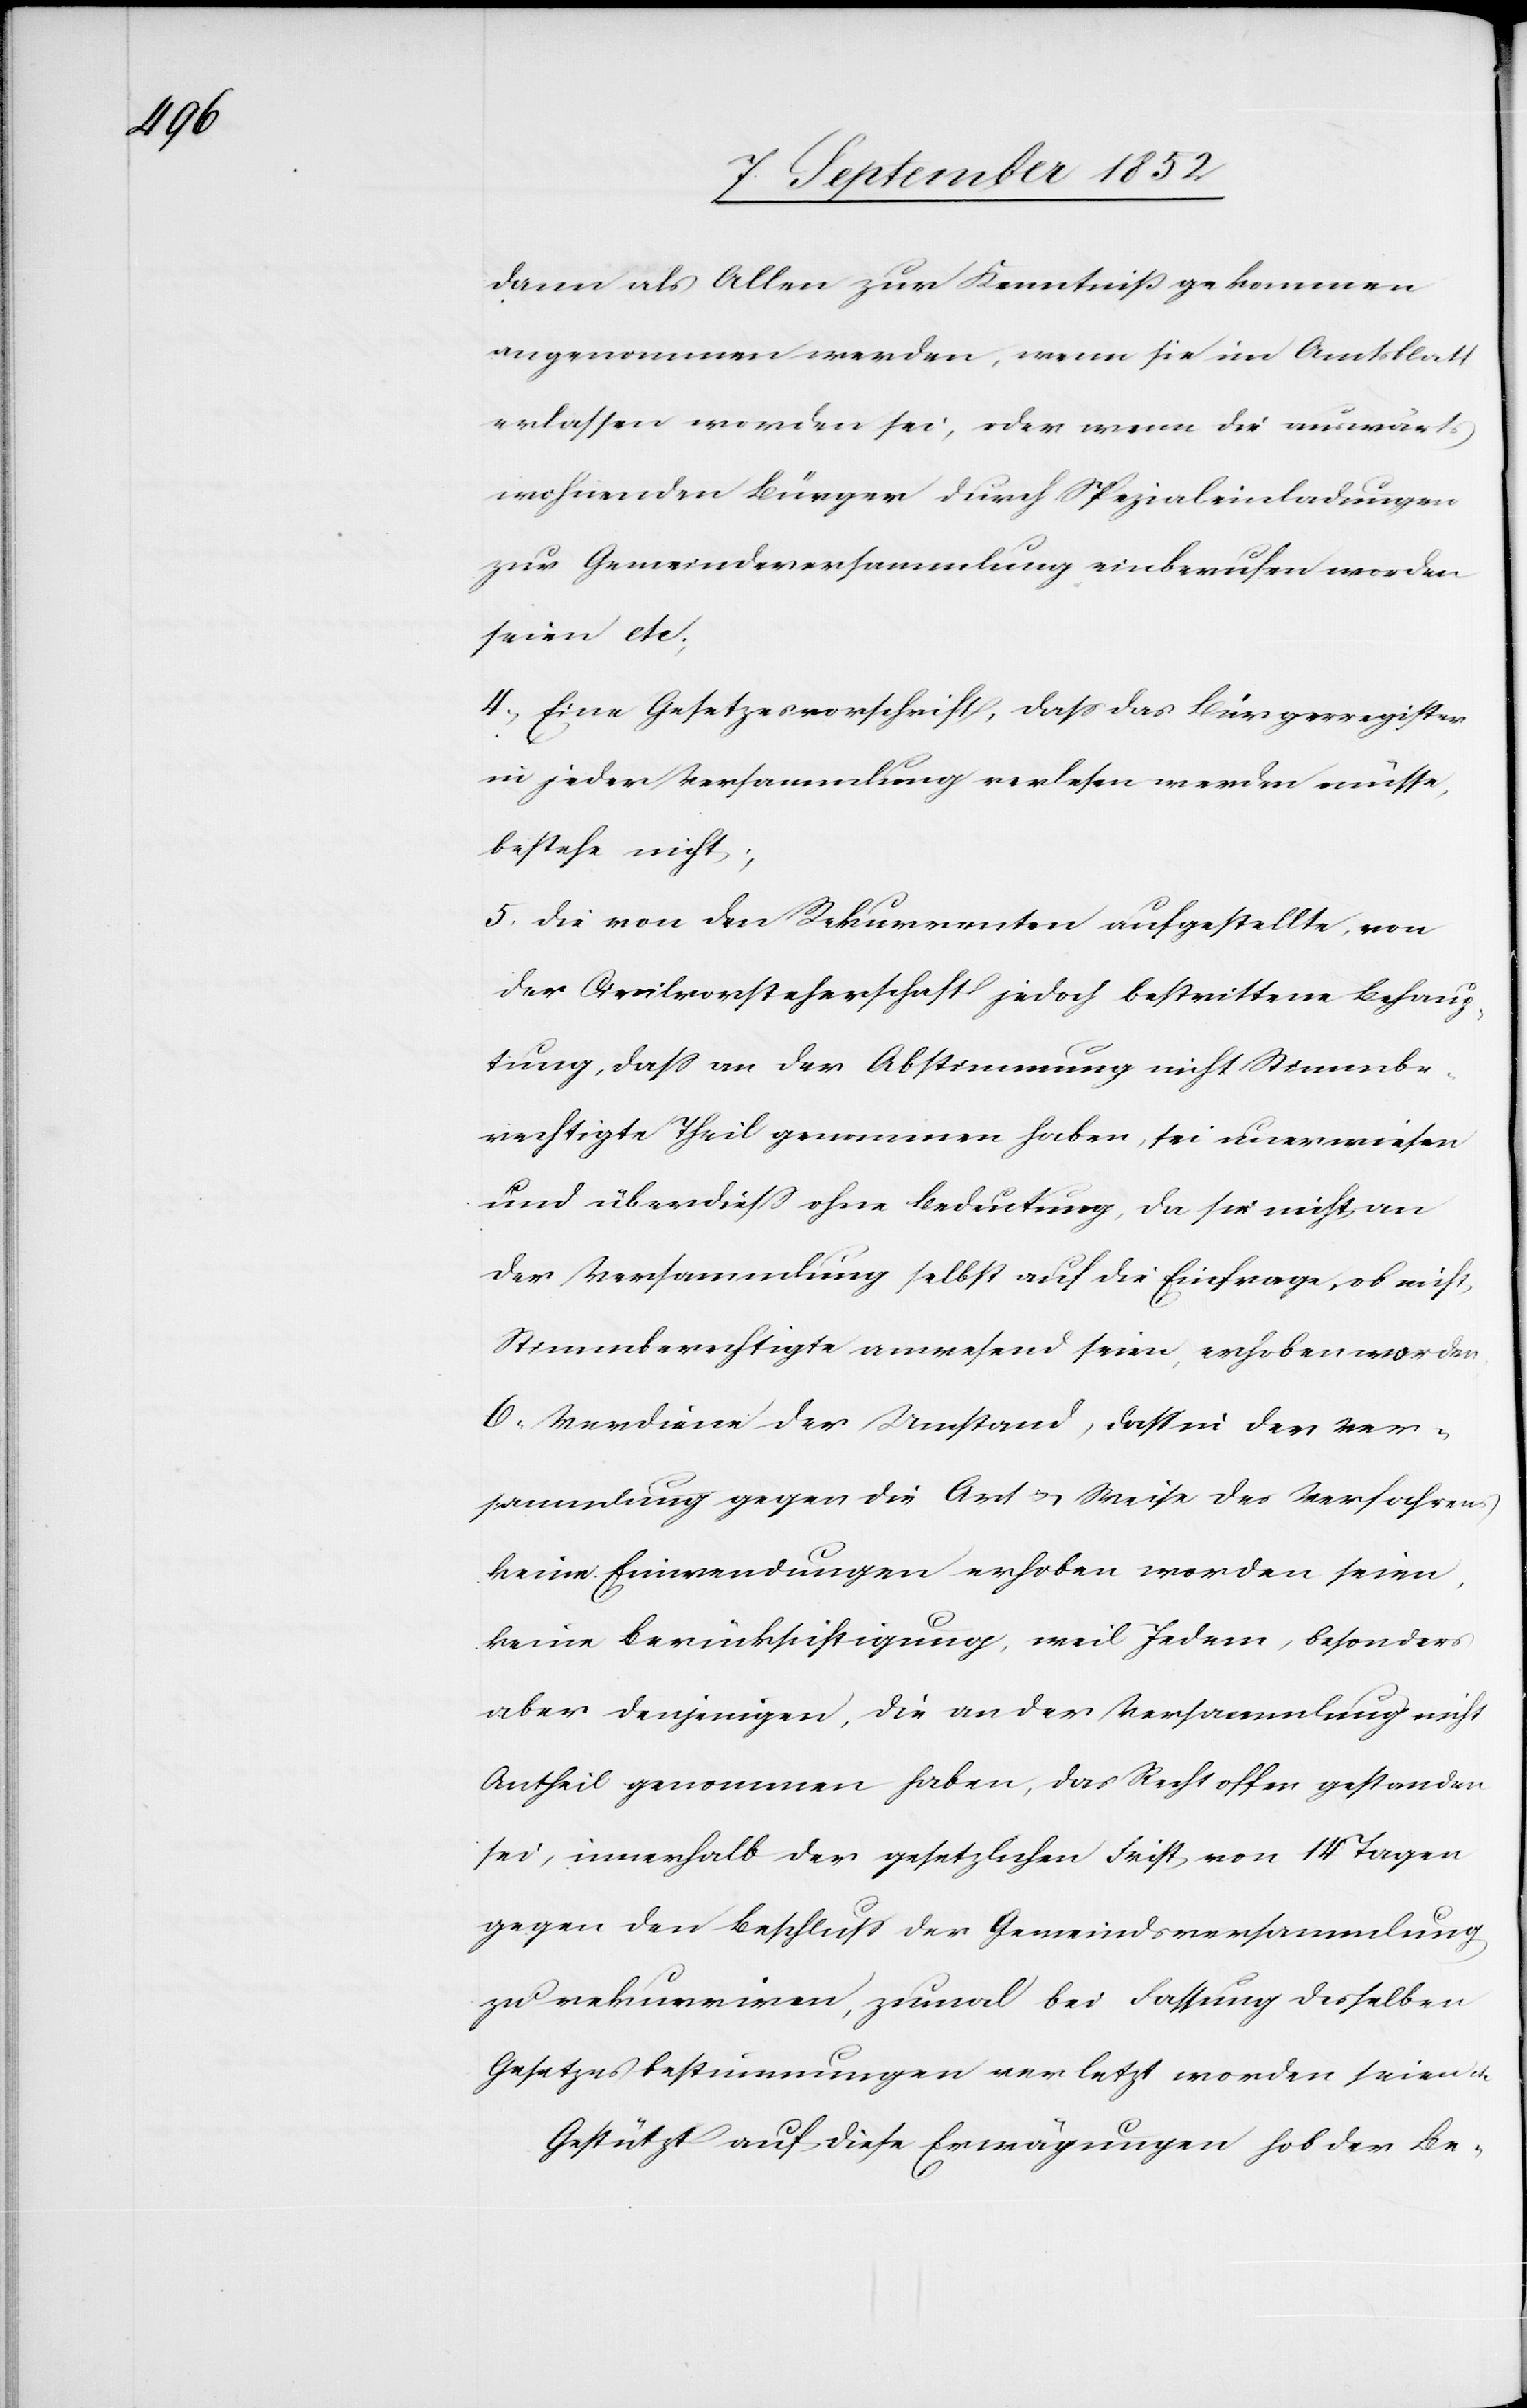
dann als Allen zur Kenntniß gekommen
angenommen werden, wenn sie im Amtsblatt
erlassen worden sei, oder wenn die auswärts
wohnenden Bürger durch Spezialeinladungen
zur Gemeindeversammlung einberufen worden
seien etc;
4, Eine Gesetzesvorschrift, dass das Bürgerregister
in jeder Versammlung verlesen werden müsse,
bestehe nicht;
5. Die von den Rekurrenten aufgestellte, von
der Civilvorsteherschaft jedoch bestrittene Behaup¬
tung, dass an der Abstimmung nicht Stimmbe¬
rechtigte Theil genommen haben, sei unerwiesen
und überdiess ohne Bedeutung, da sie nicht an
der Versammlung selbst auf die Einfrage, ob nicht
Stimmberechtigte anwesend seien, erhoben worden.
6, Verdiene der Umstand, dass in der Ver¬
sammlung gegen die Art & Weise des Verfahrens
keine Einwendungen erhoben worden seien,
keine Berücksichtigung, weil Jedem, besonders
aber denjenigen, die an der Versammlung nicht
Antheil genommen haben, das Recht offen gestanden
sei, innerhalb der gesetzlichen Frist von 14 Tagen
gegen den Beschluss der Gemeindsversammlung
zu rekurriren, zumal bei Fassung desselben
Gesetzesbestimmungen verletzt worden seien
Gestützt auf diese Erwägungen hob der Be-